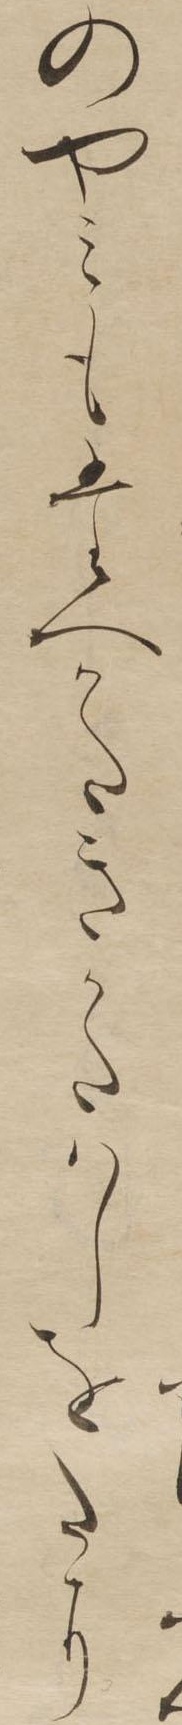
のやみもたへかたきかたはしをたに